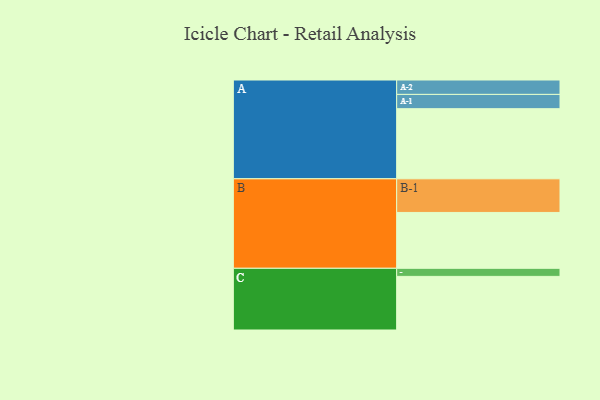
{"axis": {"x": "Segment", "y": "Value"}, "legend": ["", "A", "B", "C"], "data": [{"x": "A", "y": 565, "type": ""}, {"x": "B", "y": 450, "type": ""}, {"x": "C", "y": 432, "type": ""}, {"x": "A-1", "y": 115, "type": "A"}, {"x": "A-2", "y": 116, "type": "A"}, {"x": "B-1", "y": 271, "type": "B"}, {"x": "C-1", "y": 65, "type": "C"}]}